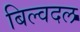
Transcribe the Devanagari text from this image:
बिल्वदल